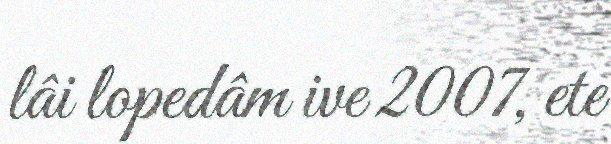
lâi lopedâm ive 2007, ete